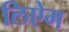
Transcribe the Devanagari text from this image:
लिऐम